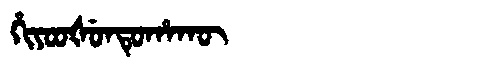
Manchu: ᡥᡳᠶᠣᠣᡧᡠᠨᡨᡠᡥᠠᡴᡡ
Romanization: HIYOOŠUNTUHAKŪ